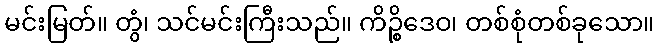
မင်းမြတ်။ တွံ၊ သင်မင်းကြီးသည်။ ကိဉ္စိဒေဝ၊ တစ်စုံတစ်ခုသော။